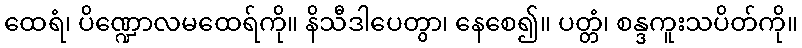
ထေရံ၊ ပိဏ္ဍောလမထေရ်ကို။ နိသီဒါပေတွာ၊ နေစေ၍။ ပတ္တံ၊ စန္ဒကူးသပိတ်ကို။